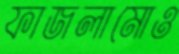
ফাজলামোও